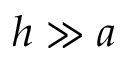
h \gg a